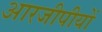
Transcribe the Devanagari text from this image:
आरजीपीयों